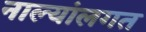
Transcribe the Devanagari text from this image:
नाल्यांलगत